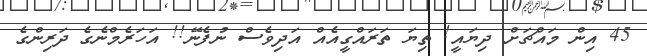
45 އިން މައްޗަށް ދިޔައީ! ތިޔަ ތަރައްގީއެއް އަދިވެސް ނުފެނޭ!! އަހަރެމްނެގެ ދަރިންގެ